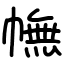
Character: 幠